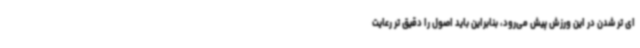
ای تر شدن در این ورزش پیش می‌رود، بنابراین باید اصول را دقیق تر رعایت